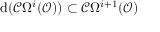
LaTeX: { \mathrm { d } } ( { \mathcal { C } } \Omega ^ { i } ( { \mathcal { O } } ) ) \subset { \mathcal { C } } \Omega ^ { i + 1 } ( { \mathcal { O } } )